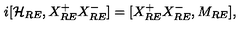
i [ { \cal H } _ { R E } , X _ { R E } ^ { + } X _ { R E } ^ { - } ] = [ X _ { R E } ^ { + } X _ { R E } ^ { - } , M _ { R E } ] ,